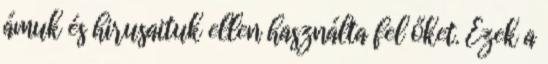
ámuk és hirusaituk ellen használta fel őket. Ezek a